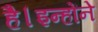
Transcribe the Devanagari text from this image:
है।इन्होंने